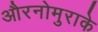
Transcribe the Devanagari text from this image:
औरनोमुराके